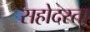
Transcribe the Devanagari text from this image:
सहोदरता